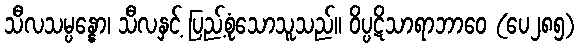
သီလသမ္ပန္နော၊ သီလနှင့် ပြည့်စုံသောသူသည်။ ဝိပ္ပဋိသာရာဘာဝေ (ပေ၂၈၅)